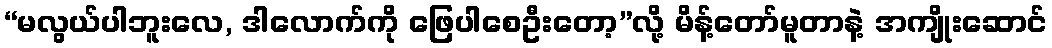
“မလွယ်ပါဘူးလေ, ဒါလောက်ကို ဖြေပါစေဦးတော့”လို့ မိန့်တော်မူတာနဲ့ အကျိုးဆောင်